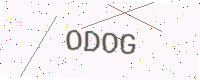
Text: ODOG